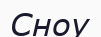
Сноу